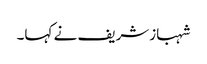
شہبازشریف نے کہا۔